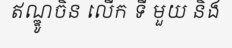
ឥណ្ឌូចិន លើក ទី មួយ និង